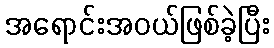
အရောင်းအဝယ်ဖြစ်ခဲ့ပြီး